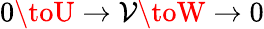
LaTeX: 0\toU\to\mathcal{V}\toW\to0